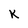
Character: k